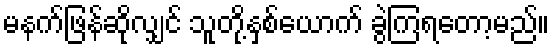
မနက်ဖြန်ဆိုလျှင် သူတို့နှစ်ယောက် ခွဲကြရတော့မည်။